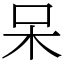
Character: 呆